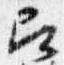
即